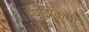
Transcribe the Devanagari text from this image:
म्युझिकची